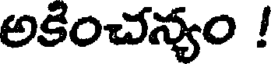
అకించన్యం !